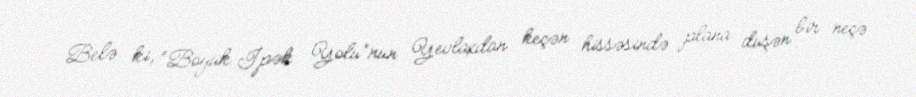
Belə ki, “Böyük İpək Yolu”nun Yevlaxdan keçən hissəsində plana düşən bir neçə